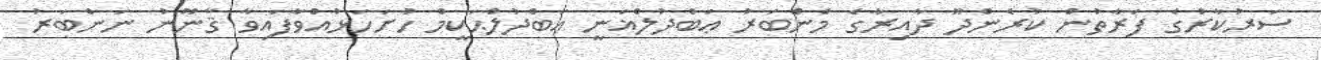
ސަރުކާރުގެ ފަރާތުން ކުރެންދޫ ދާއިރާގެ މެންބަރު ޢަބްދުލްޣަނީ ޢަބްދުލްޙަކީމް ހުށަހަޅުއްވާފައިވާ ޤާނޫނު ނަންބަރު